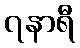
၇နာရီ